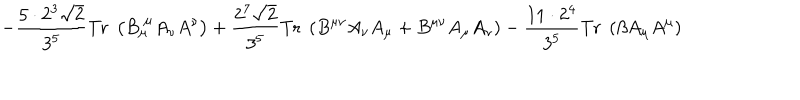
LaTeX: - \frac { 5 \cdot 2 ^ { 3 } \sqrt { 2 } } { 3 ^ { 5 } } \mathrm { T r } \; \left( B _ { \mu } ^ { \; \mu } A _ { \nu } A ^ { \nu } \right) + \frac { 2 ^ { 7 } \sqrt { 2 } } { 3 ^ { 5 } } \mathrm { T r } \; \left( B ^ { \mu \nu } A _ { \nu } A _ { \mu } + B ^ { \mu \nu } A _ { \mu } A _ { \nu } \right) - \frac { 1 1 \cdot 2 ^ { 4 } } { 3 ^ { 5 } } \mathrm { T r } \; \left( \beta A _ { \mu } A ^ { \mu } \right)